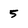
Character: 5